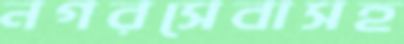
নগরসেবাসহ